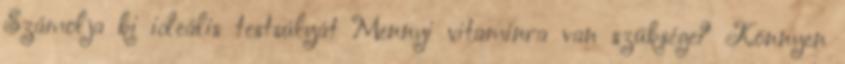
Számolja ki ideális testsúlyát Mennyi vitaminra van szüksége? Könnyen